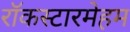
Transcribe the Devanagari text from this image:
रॉकस्टारमेहम